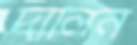
দালিন